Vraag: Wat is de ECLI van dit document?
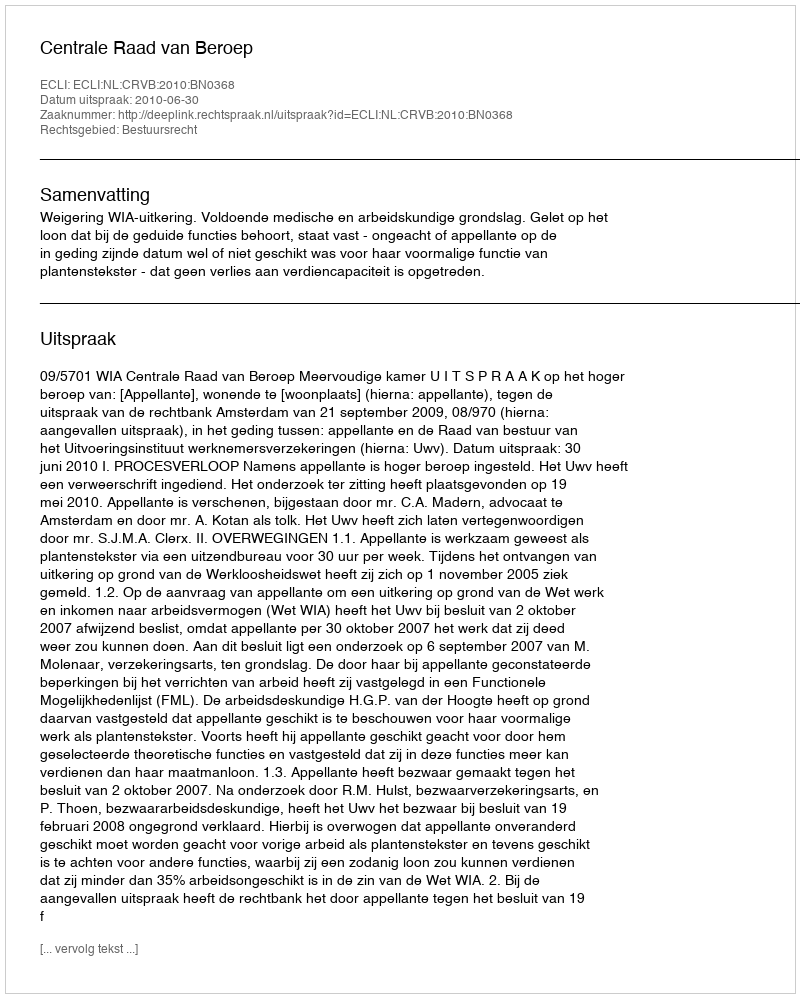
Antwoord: ECLI:NL:CRVB:2010:BN0368